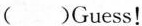
( )Guess!